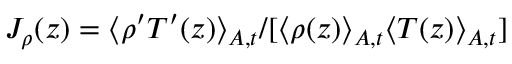
J _ { \rho } ( z ) = \langle \rho ^ { \prime } T ^ { \prime } ( z ) \rangle _ { A , t } / [ \langle \rho ( z ) \rangle _ { A , t } \langle T ( z ) \rangle _ { A , t } ]